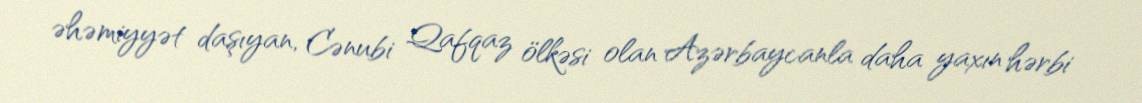
əhəmiyyət daşıyan, Cənubi Qafqaz ölkəsi olan Azərbaycanla daha yaxın hərbi